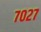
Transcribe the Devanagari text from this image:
७०२७